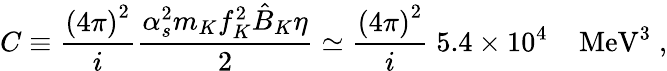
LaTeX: C\equiv\frac{{\left(4\pi\right)}^{2}}{i}\frac{\alpha_{s}^{2}m_{K}f_{K}^{2}\hat{B}_{K}\eta}{2}\simeq\frac{{\left(4\pi\right)}^{2}}{i}\; 5.4\times 10^{4}\; \; \; \; \mathrm{MeV}^{3}\; ,